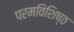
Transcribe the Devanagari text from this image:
परमविशिष्ठ